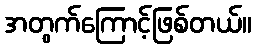
အတွက်ကြောင့်ဖြစ်တယ်။